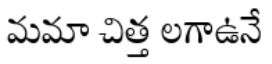
మమా చిత్త లగాఉనే